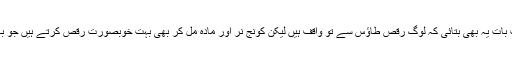
‘‘ معظم صاحب نے ایک دلچسپ بات یہ بھی بتائی کہ لوگ رقص طاؤس سے تو واقف ہیں لیکن کونج نر اور مادہ مل کر بھی بہت خوبصورت رقص کرتے ہیں جو بہت نایاب نظارہ سمجھا جاتا ہے۔